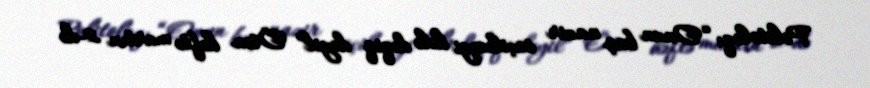
Politoloq: “Onun baş nazir seçiləcəyi hələ dəqiq deyil” Ötən həftə martın 2-də